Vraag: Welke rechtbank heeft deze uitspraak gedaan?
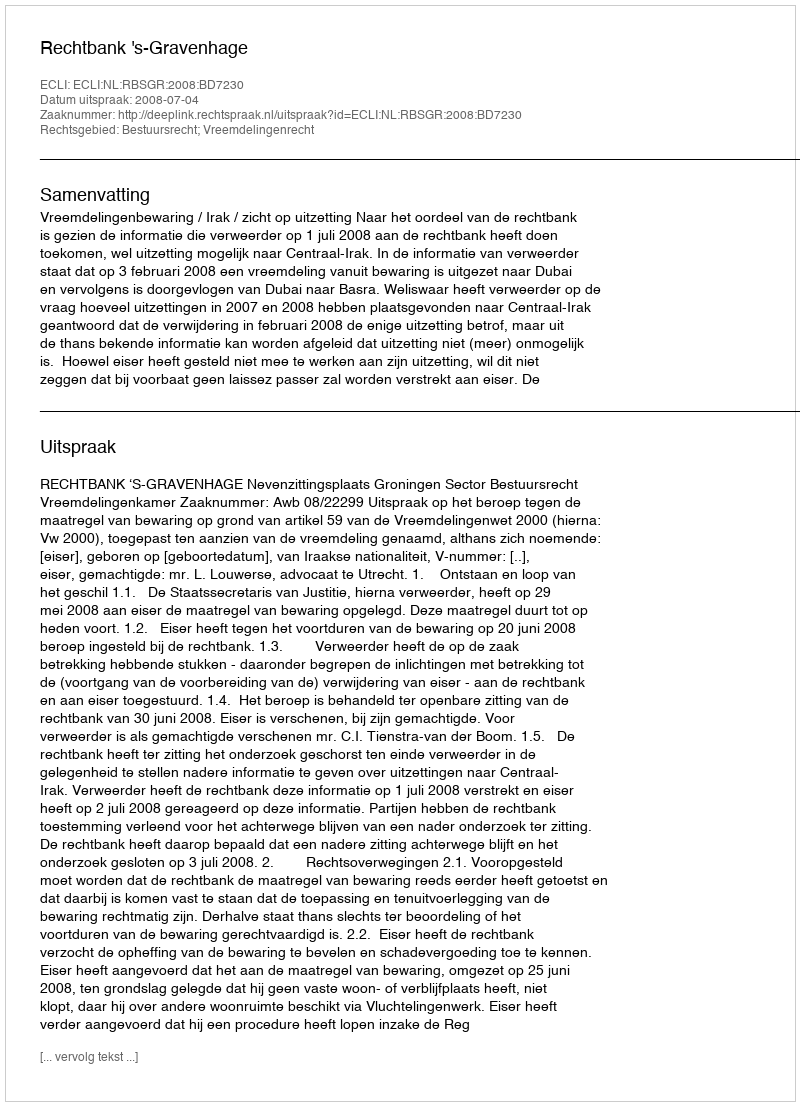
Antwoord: Rechtbank 's-Gravenhage